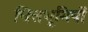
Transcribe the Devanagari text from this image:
चित्तभूमियों